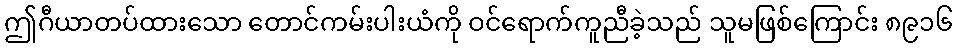
ဤဂီယာတပ်ထားသော တောင်ကမ်းပါးယံကို ဝင်ရောက်ကူညီခဲ့သည် သူမဖြစ်ကြောင်း ၈၉၁၆